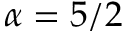
\alpha = 5 / 2